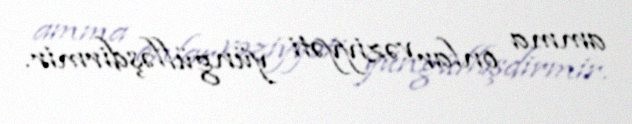
amma onlar vəziyyəti yüngülləşdirmir.